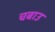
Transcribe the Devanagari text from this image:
चबाउ